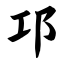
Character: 邛